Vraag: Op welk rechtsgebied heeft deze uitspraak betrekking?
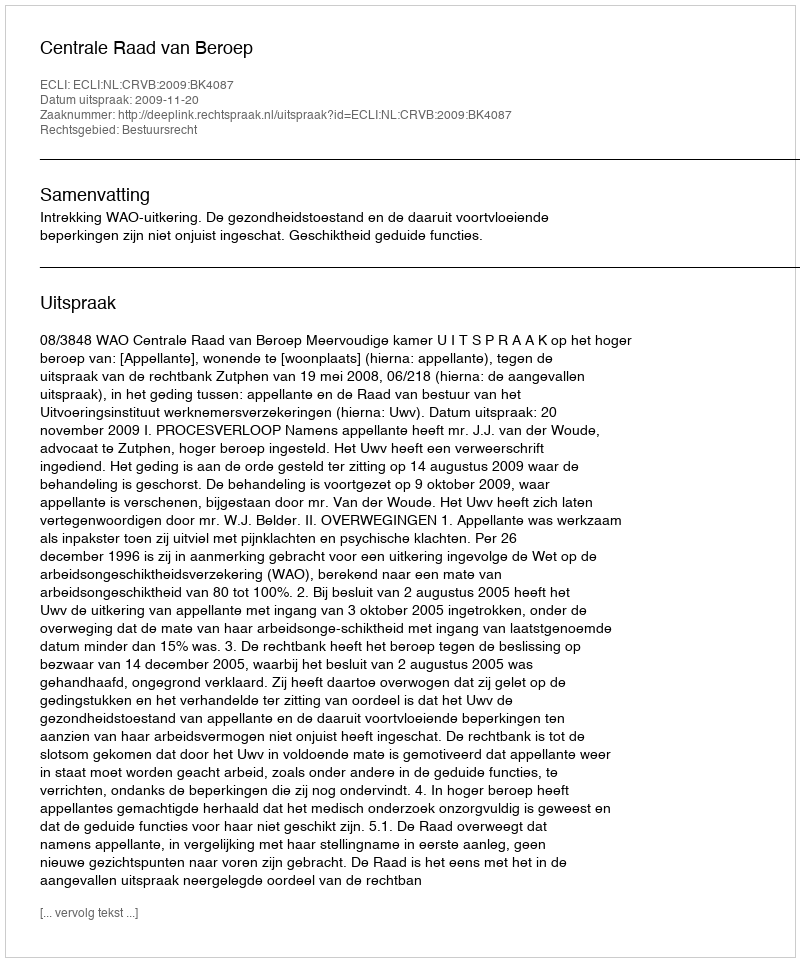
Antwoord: Bestuursrecht